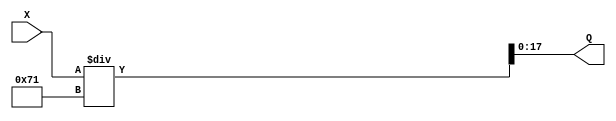
module division_standard( X, Q);//, R);

input  [24:1] X;
output [18:1] Q; 
//output [7:1] R;

assign Q = X / 113;

//assign R = X % 113;

endmodule